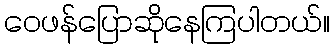
ဝေဖန်ပြောဆိုနေကြပါတယ်။